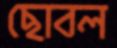
ছোবল